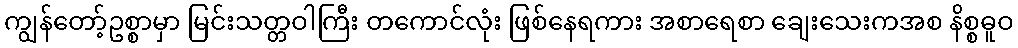
ကျွန်တော့်ဥစ္စာမှာ မြင်းသတ္တဝါကြီး တကောင်လုံး ဖြစ်နေရကား အစာရေစာ ချေးသေးကအစ နိစ္စဓူဝ